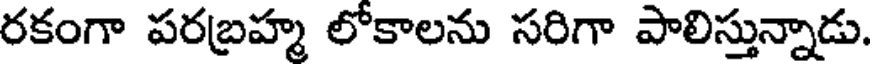
రకంగా పరబ్రహ్మ లోకాలను సరిగా పాలిస్తున్నాడు.